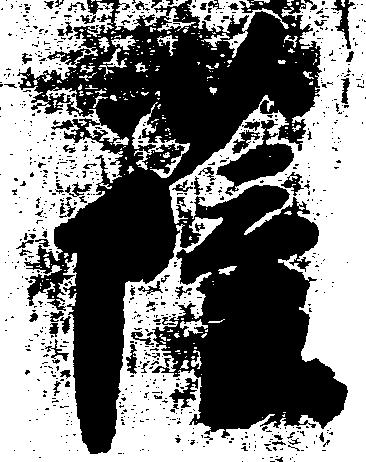
薩